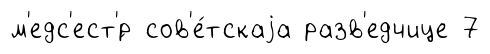
м'едс'ест'́р сов'е́тскаjа разв'едчице 7